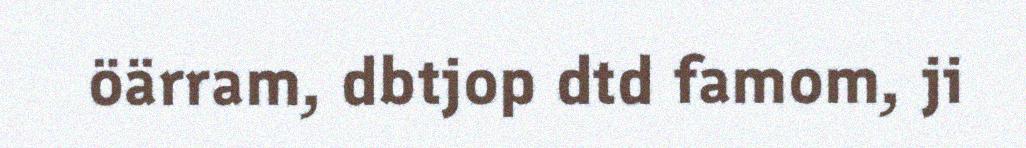
öärram, dbtjop dtd famom, ji